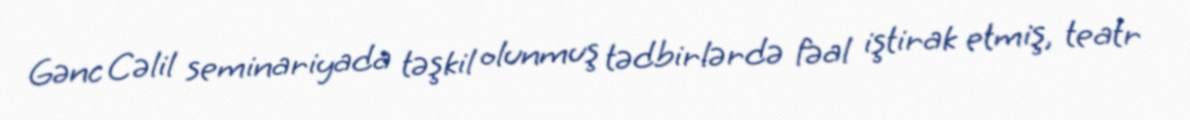
Gənc Cəlil seminariyada təşkil olunmuş tədbirlərdə fəal iştirak etmiş, teatr